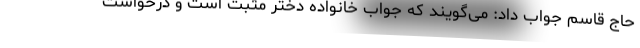
حاج قاسم جواب داد: می‌گویند که جواب خانواده دختر مثبت است و درخواست